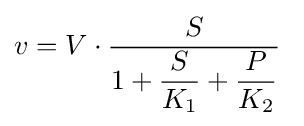
v=V\cdot {\dfrac {S}{1+{\dfrac {S}{K_{1}}}+{\dfrac {P}{K_{2}}}}}\